Report of the Hyderabad Chloroform Commission
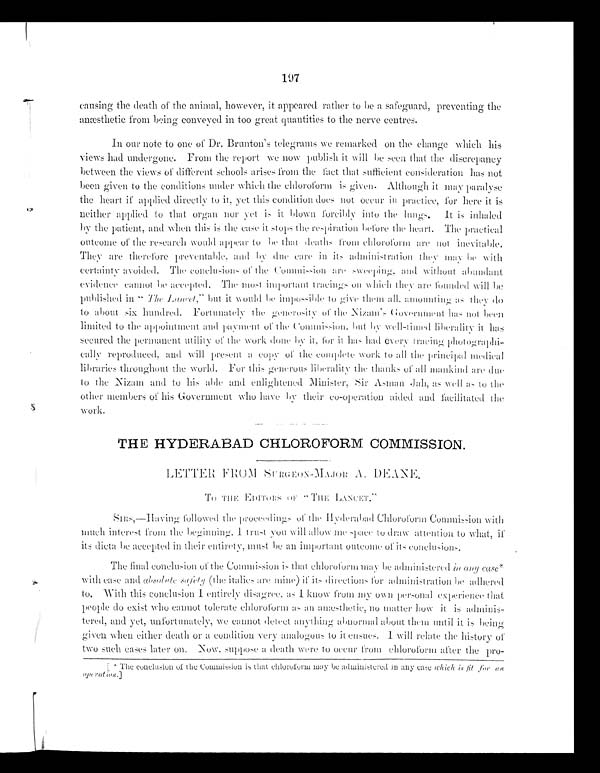
197
causing the death of the animal, however, it appeared rather to he a safeguard, preventing the
anæsthetic from being conveyed in too great quantities to the nerve centres.
I n o u r n o t e t o o n e o f Dr . Br u n t o n ’ s t e l e g r a ms we r e ma r k e d o n t h e c h a n g e wi n c h h i s
views had undergone. From the report we now publish it will be seen that the discrepancy
b e t w e e n t h e v i e w s o f d i f f e r e n t s c h o o l s a r i s e s f r o m t h e f a c t t h a t s u f f i c i e n t c o n s i d e r a t i o n h a s n o t
been given to the conditions under which the chloroform is given. Although it may paralyse
t h e h e a r t i f a p p l i e d d i r e c t l y t o i t , y e t t h i s c o n d i t i o n d u e s n u t o c c u r i n p r a c t i c e , f o r h e r e i t i s
nei t her appl i ed t o t hat or gan nor yet i t bl own f or ci bl y i nt o t he l ungs . I t i s i nhal ed
by t he pa t i e nt , a nd whe n t hi s i s t he c a s e i t s t ops t he r e s pi r a t i on be f or e t he he a r t . The pr a c t i c a l
out c ome of t he r e s e a r c h woul d a ppe a r t o be t ha t de a t hs f r om c hl or of or m a r e not i ne vi t a bl e .
The y a r e t he r e f or e pr e ve nt a bl e , a nd by due c a r e i n i t s a dmi ni s t r a t i on t he y ma y be wi t h
c e r t a i n t y a v o i d e d . T h e c o n c l u s i o n s o f t h e C o m m i s s i o n a r e s w e e p i n g , a n d w i t h o u t a b u n d a n t
evidence cannot be accepted. The must important tracings on which they are founded will be
published in “ T h e L a n c e t ,
” b u t w o u l d b e i m p o s s i b l e t o g i v e t h e m a l l a m o u n t i n g a s t h e y d o
to about six hundred. Fortunately the generosity of the Nizam’s Government has not been
l i mi t ed t o t he appoi nt ment and payment of t he Commi ssi on but by wel l -t i med l i beral i t y i t has
secured t he permanent ut i l i t y of t he work done by i t , for i t has hai l every t raci ng phot ographi -
c a l l y r e p r o d u c e d , a n d w i l l p r e s e n t a c o p y o f t h e c o m p l e t e w o r k t o a l l t h e p r i n c i p a l m e d i c a l
libraries throughout the world. For this generous liberality the thanks of all mankind are due
t o t h e N i z a m a n d t o h i s a n d e n l i g h t e n e d M i n i s t e r , s i r A s m a n J a h , a s w e l l a s t o t h e
ot her member s of hi s Gover nment who have by t hei r co- oper at i on ai ded and f aci l i t at ed t he
work.
THE HYDERABAD CHLOROFORM COMMISSION.
LETTER FROM SURGEON-MAJOR A. DEANE
T O T H E E D I T O R S O F
“ T H E L A N C E T ”
SIRS,— Having followed the proceedings of the
SI RS—Ha vi ng f ol l owe d t he pr oc e e di ngs of t he HHyde r a ba e c hl or of or m c ommi s s i on wi t h muc hmuc h i nt e r e s t f r om t he be gi nni ng. 1 t r us t you wi l l a l l ow t i l e s pa c e t o dr a w a t t e nt i on t o wha t , i r
i t s d i c t a h e a c c e p t e d i n t h e i r e n t i r e t y , mu s t h e a n i mp o r t a n t o u t c o me o f i t s c o n c l u s i o n s . i n t e r e s t f r o m t h e . i t r u s t y o u wi l l a l l o w me s p a c e t o d r a q w a t t e n t i o n t o wh a t , i f i t i s d i c t a b e a c c e p t e d i n t h e i r e n t i r e l y , mu s t b e o n i mp o r t a n t o u t c o me o f i t i s c o n c l u s i o n s .
The final conclusion of the Commission is that chloroform may be administered in any case
with case and absolute safety (the italics are mine) if its directions for administration be adhered
to. With this conclusion I entirely disagree, as I know from my own personal experience that
people do exist who cannot tolerate chloroform as an anæsthetic, no matter how it is adminis
-
tered, and yet, unfortunately, we cannot detect anything abnormal about them until it is being
given when either death or a condition very analogous to it ensues. I will relate the history of
two such cases later on. Now, suppose a death were to occur from chloroform after the pro
- [*The conclusion of the commission is that chloroform may be administered in any case which fit for an operation.]
[ T h e c o n c l u s i o n o f t h e c o m m i s s i o n i s t h a t c h l o r o f o r m m a y b e a d m i n i s t e r e d i n a n y c a s e whi c h
is fit for an operation